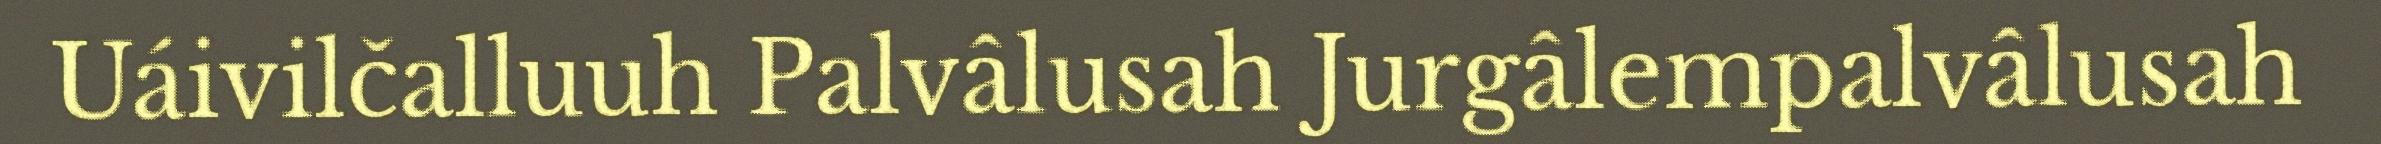
Uáivilčalluuh Palvâlusah Jurgâlempalvâlusah